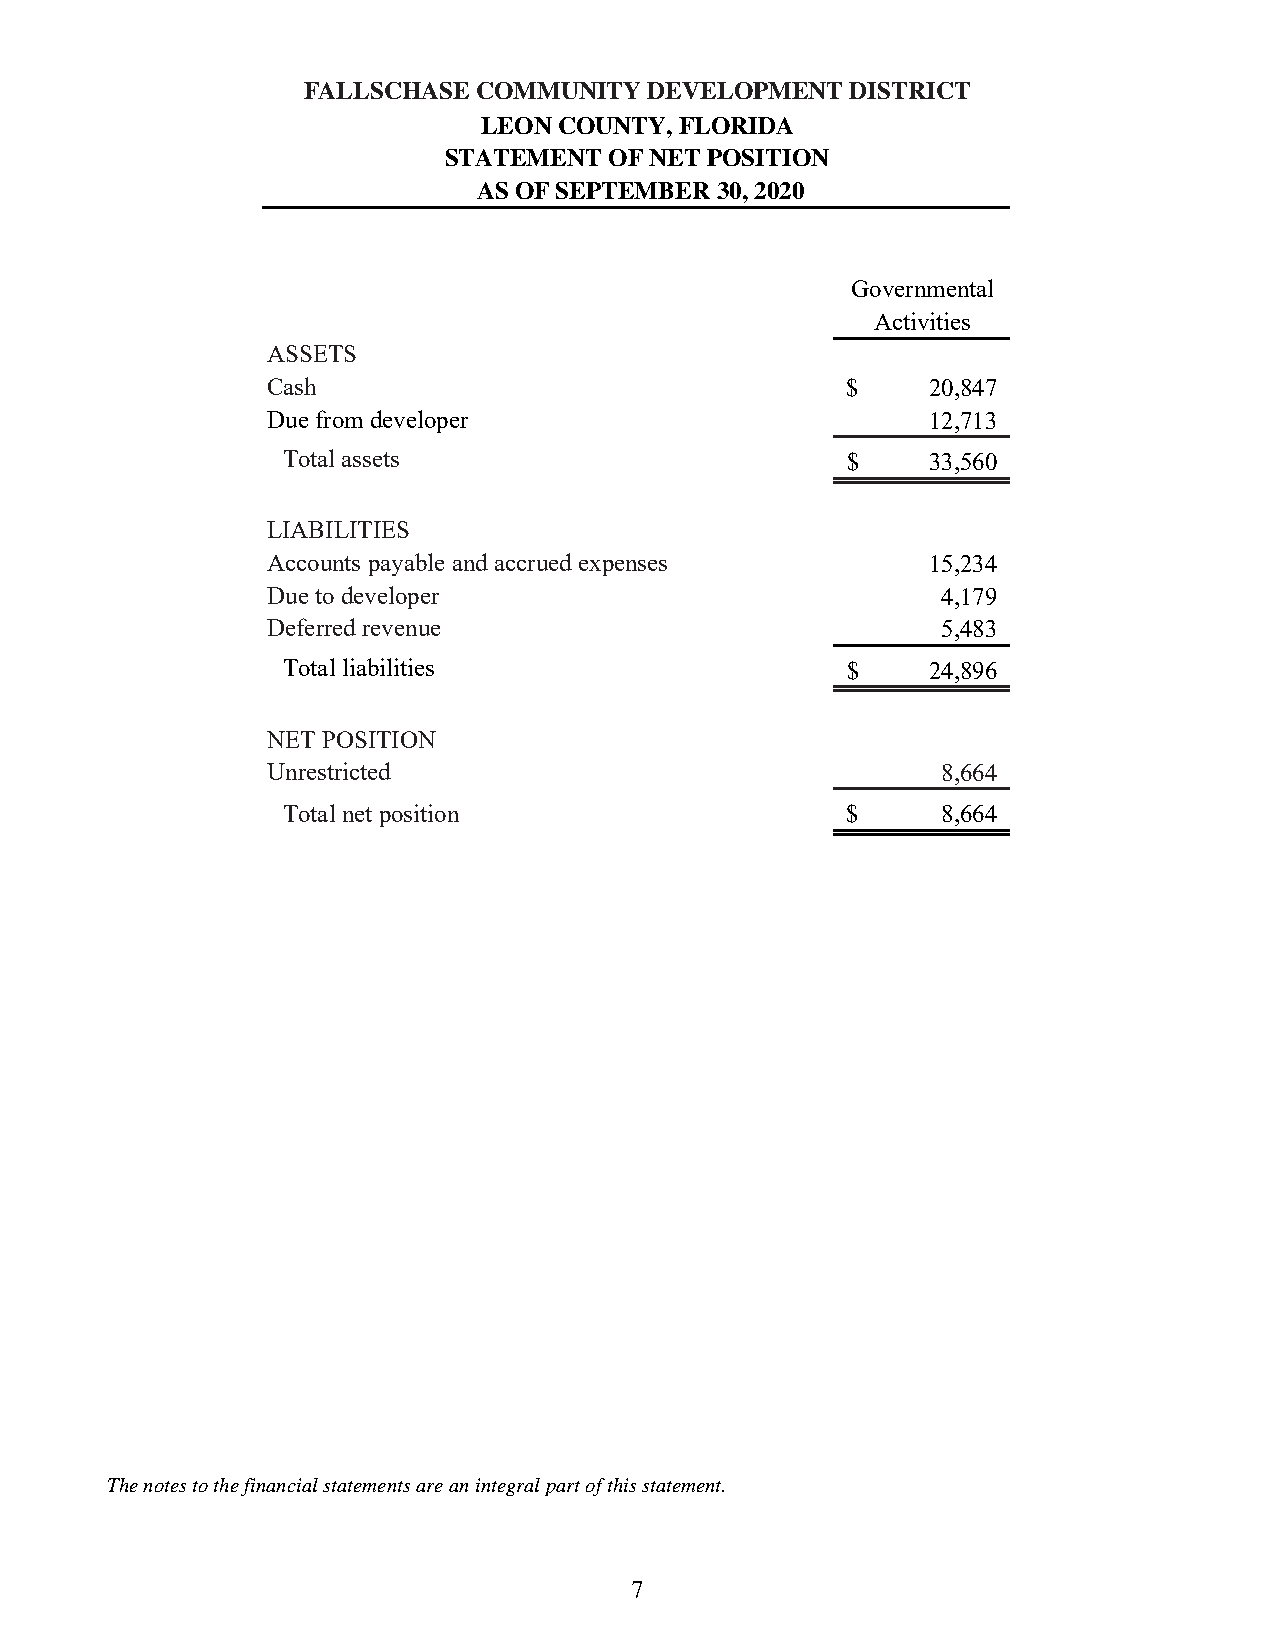
FALLSCHASE  COMMUNITY  DEVELOPMENT  DISTRICT
 LEON COUNTY, FLORIDA
 STATEMENT  OF NET POSITION
 AS OF SEPTEMBER 30, 2020
 Governmental
 Activities
 ASSETS
 Cash                                  $    20,847
 Due from developer                         12,713
 Total assets                         $    33,560
 LIABILITIES
 Accounts payable and accrued expenses      15,234
 Due to developer                            4,179
 Deferred revenue                            5,483
 Total liabilities                    $    24,896
 NET POSITION
 Unrestricted                                8,664
 Total net position                   $     8,664
 The notes to the financial statements are an integral part of this statement.
 7